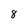
Character: 8